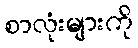
စာလုံးများကို